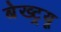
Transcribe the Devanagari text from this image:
बेख्ट्रयू